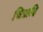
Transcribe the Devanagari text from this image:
चित्रादि